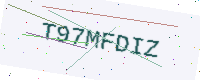
Text: T97MFDIZ